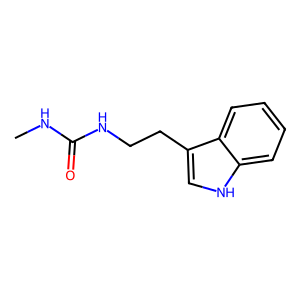
SMILES: CNC(=O)NCCc1c[nH]c2ccccc12
Inhibits HIV replication: No